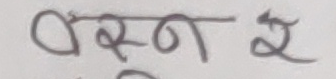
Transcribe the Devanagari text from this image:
वैस्न २